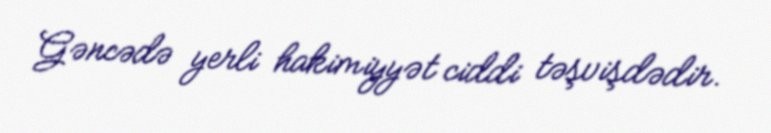
Gəncədə yerli hakimiyyət ciddi təşvişdədir.